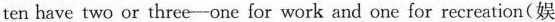
ten have two or three-one for work and one for recreation(娱